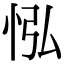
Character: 𢘌